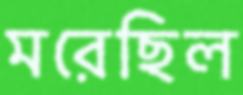
মরেছিল